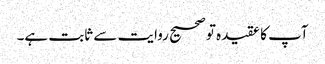
آپ کا عقیدہ تو صحیح روایت سے ثابت ہے۔